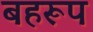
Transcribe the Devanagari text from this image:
बहरूप